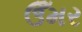
ઉઁમર